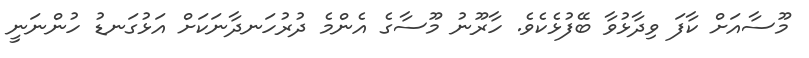
މޫސާއަށް ކާފަ ވިދާޅުވާ ބޭފުޅެކެވެ. ހާރޫނު މޫސާގެ އެންމެ ދުރުހަނދާނަކަށް އަޅުގަނޑު ހުންނަނީ